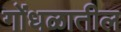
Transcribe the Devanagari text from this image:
गोंधळातील